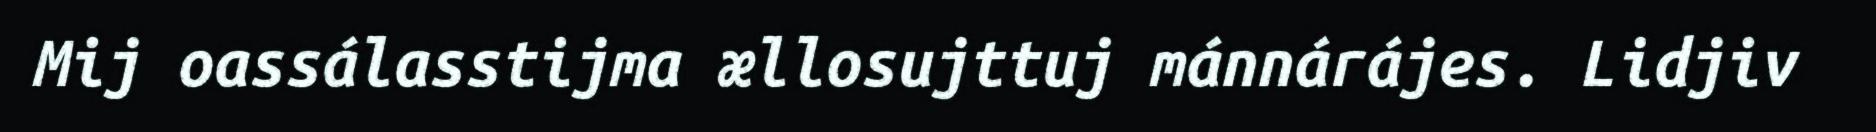
Mij oassálasstijma ællosujttuj mánnárájes. Lidjiv